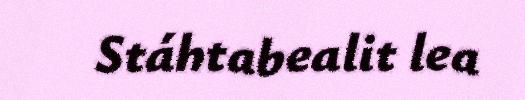
Stáhtabealit lea